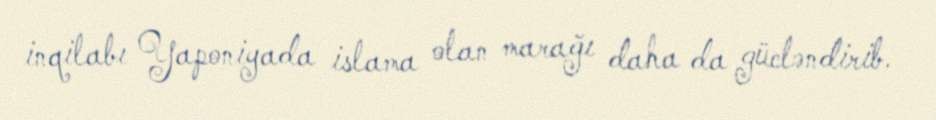
inqilabı Yaponiyada islama olan marağı daha da gücləndirib.